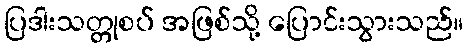
ပြဒါးသတ္တုစပ် အဖြစ်သို့ ပြောင်းသွားသည်။